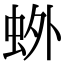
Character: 𫊰